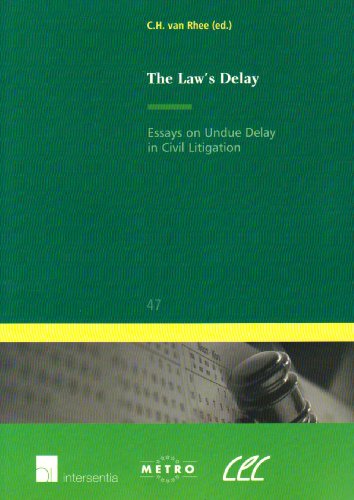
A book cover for The Law's Delay: Essays on Undue Delay in Civil Litigation (Ius Commune Europaeum); Law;